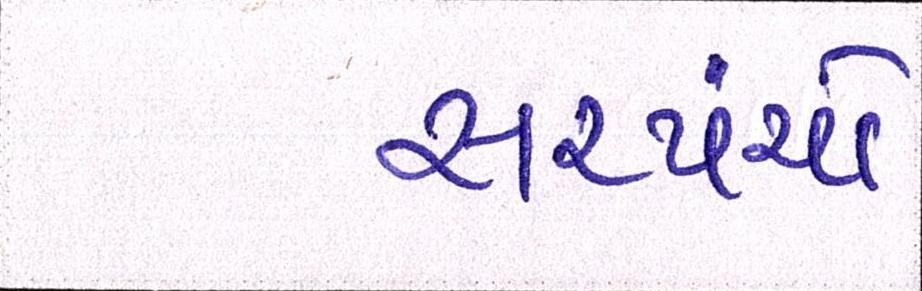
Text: સરપંચો